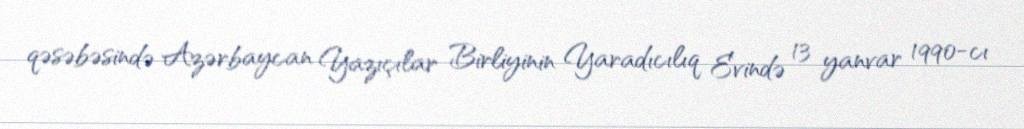
qəsəbəsində Azərbaycan Yazıçılar Birliyinin Yaradıcılıq Evində 13 yanvar 1990-cı